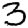
Digit: 3